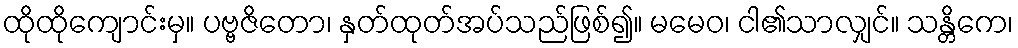
ထိုထိုကျောင်းမှ။ ပဗ္ဗဇိတော၊ နှတ်ထုတ်အပ်သည်ဖြစ်၍။ မမေဝ၊ ငါ၏သာလျှင်။ သန္တိကေ၊